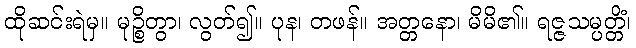
ထိုဆင်းရဲမှ။ မုဉ္စိတွာ၊ လွတ်၍။ ပုန၊ တဖန်။ အတ္တနော၊ မိမိ၏။ ရဇ္ဇသမ္ပတ္တိံ၊